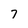
Character: 7